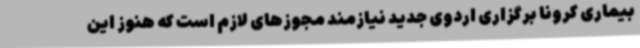
بیماری کرونا برگزاری اردوی جدید نیازمند مجوزهای لازم است که هنوز این